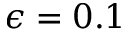
\epsilon = 0 . 1